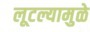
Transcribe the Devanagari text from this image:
लूटल्यामुळे